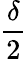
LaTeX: \frac{\delta}{2}